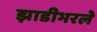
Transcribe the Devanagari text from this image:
झाडीभरले